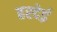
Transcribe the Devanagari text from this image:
हरदेई